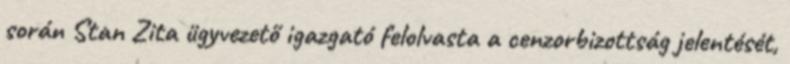
során Stan Zita ügyvezető igazgató felolvasta a cenzorbizottság jelentését,